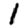
Digit: 1